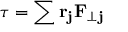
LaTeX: \tau = \sum \mathbf { r _ { j } } \mathbf { F } _ { \perp } \mathbf { _ { j } }